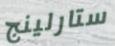
ستارلينج